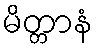
မိတ္တာနံ